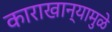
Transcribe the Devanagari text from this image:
काराखान्यामुळे